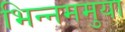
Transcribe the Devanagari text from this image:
भिन्नममुया